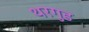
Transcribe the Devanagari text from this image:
थरगुड